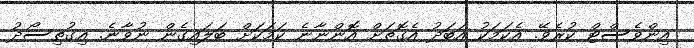
އިންވެސްޓް ކުރެވޭ. އެކަމަކު އަބަދު އެގޮތަށް އޮންނާނެ ކަމަކަށް ބަލައިގެން ނުވާނެ. އިގުތިސޯދު